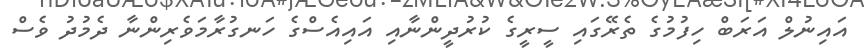
އައިނުލް އަރަބް ހިފުމުގެ ތެރޭގައި ސީރީގެ ކުރުދީންނާއި އައިއެސްގެ ހަނގުރާމަވެރިންނާ ދެމުދު ވެސް